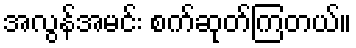
အလွန်အမင်း စက်ဆုတ်ကြတယ်။